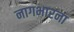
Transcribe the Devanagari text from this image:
नागभारना